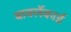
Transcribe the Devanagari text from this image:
बार्क्लेकार्ड